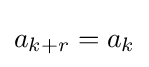
a_{k+r}=a_{k}